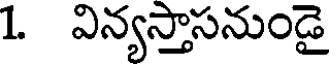
1. విన్యస్తాసనుండై